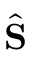
\hat { \bf S }